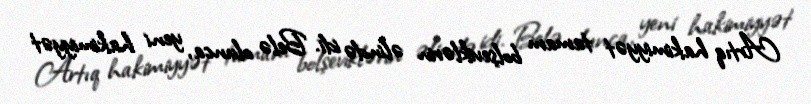
Artıq hakimiyyət tamam bolşeviklərin əlində idi. Belə olunca, yeni hakimiyyət